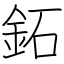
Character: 鉐